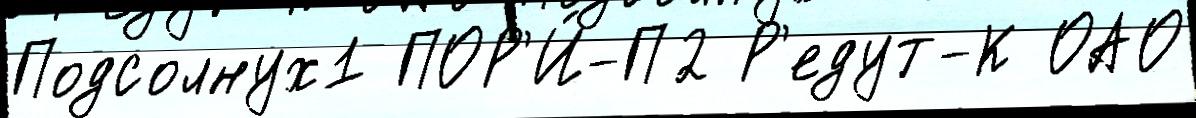
Подсолнух1 ПОР'И́-П2 Р'едут-К ОАО